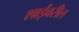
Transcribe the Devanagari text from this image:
शाईवरील